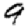
Digit: 9